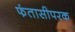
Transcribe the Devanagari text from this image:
फंतासीपरक